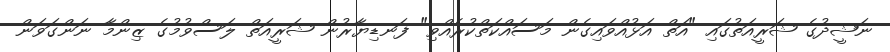
ނަޝީދުގެ ޝަރީއަތުގައި "އަތް އަޅުއްވައިގެން މަސައްކަތްކުރެއްވި" ފަނޑިޔާރުން ޝަރީއަތް ލަސްވުމުގެ ޒިންމާ ނަންގަވަން